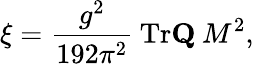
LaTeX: \xi=\frac{g^{2}}{192\pi^{2}}\: \mathrm{Tr}{\mathbf Q}\: M^{2},